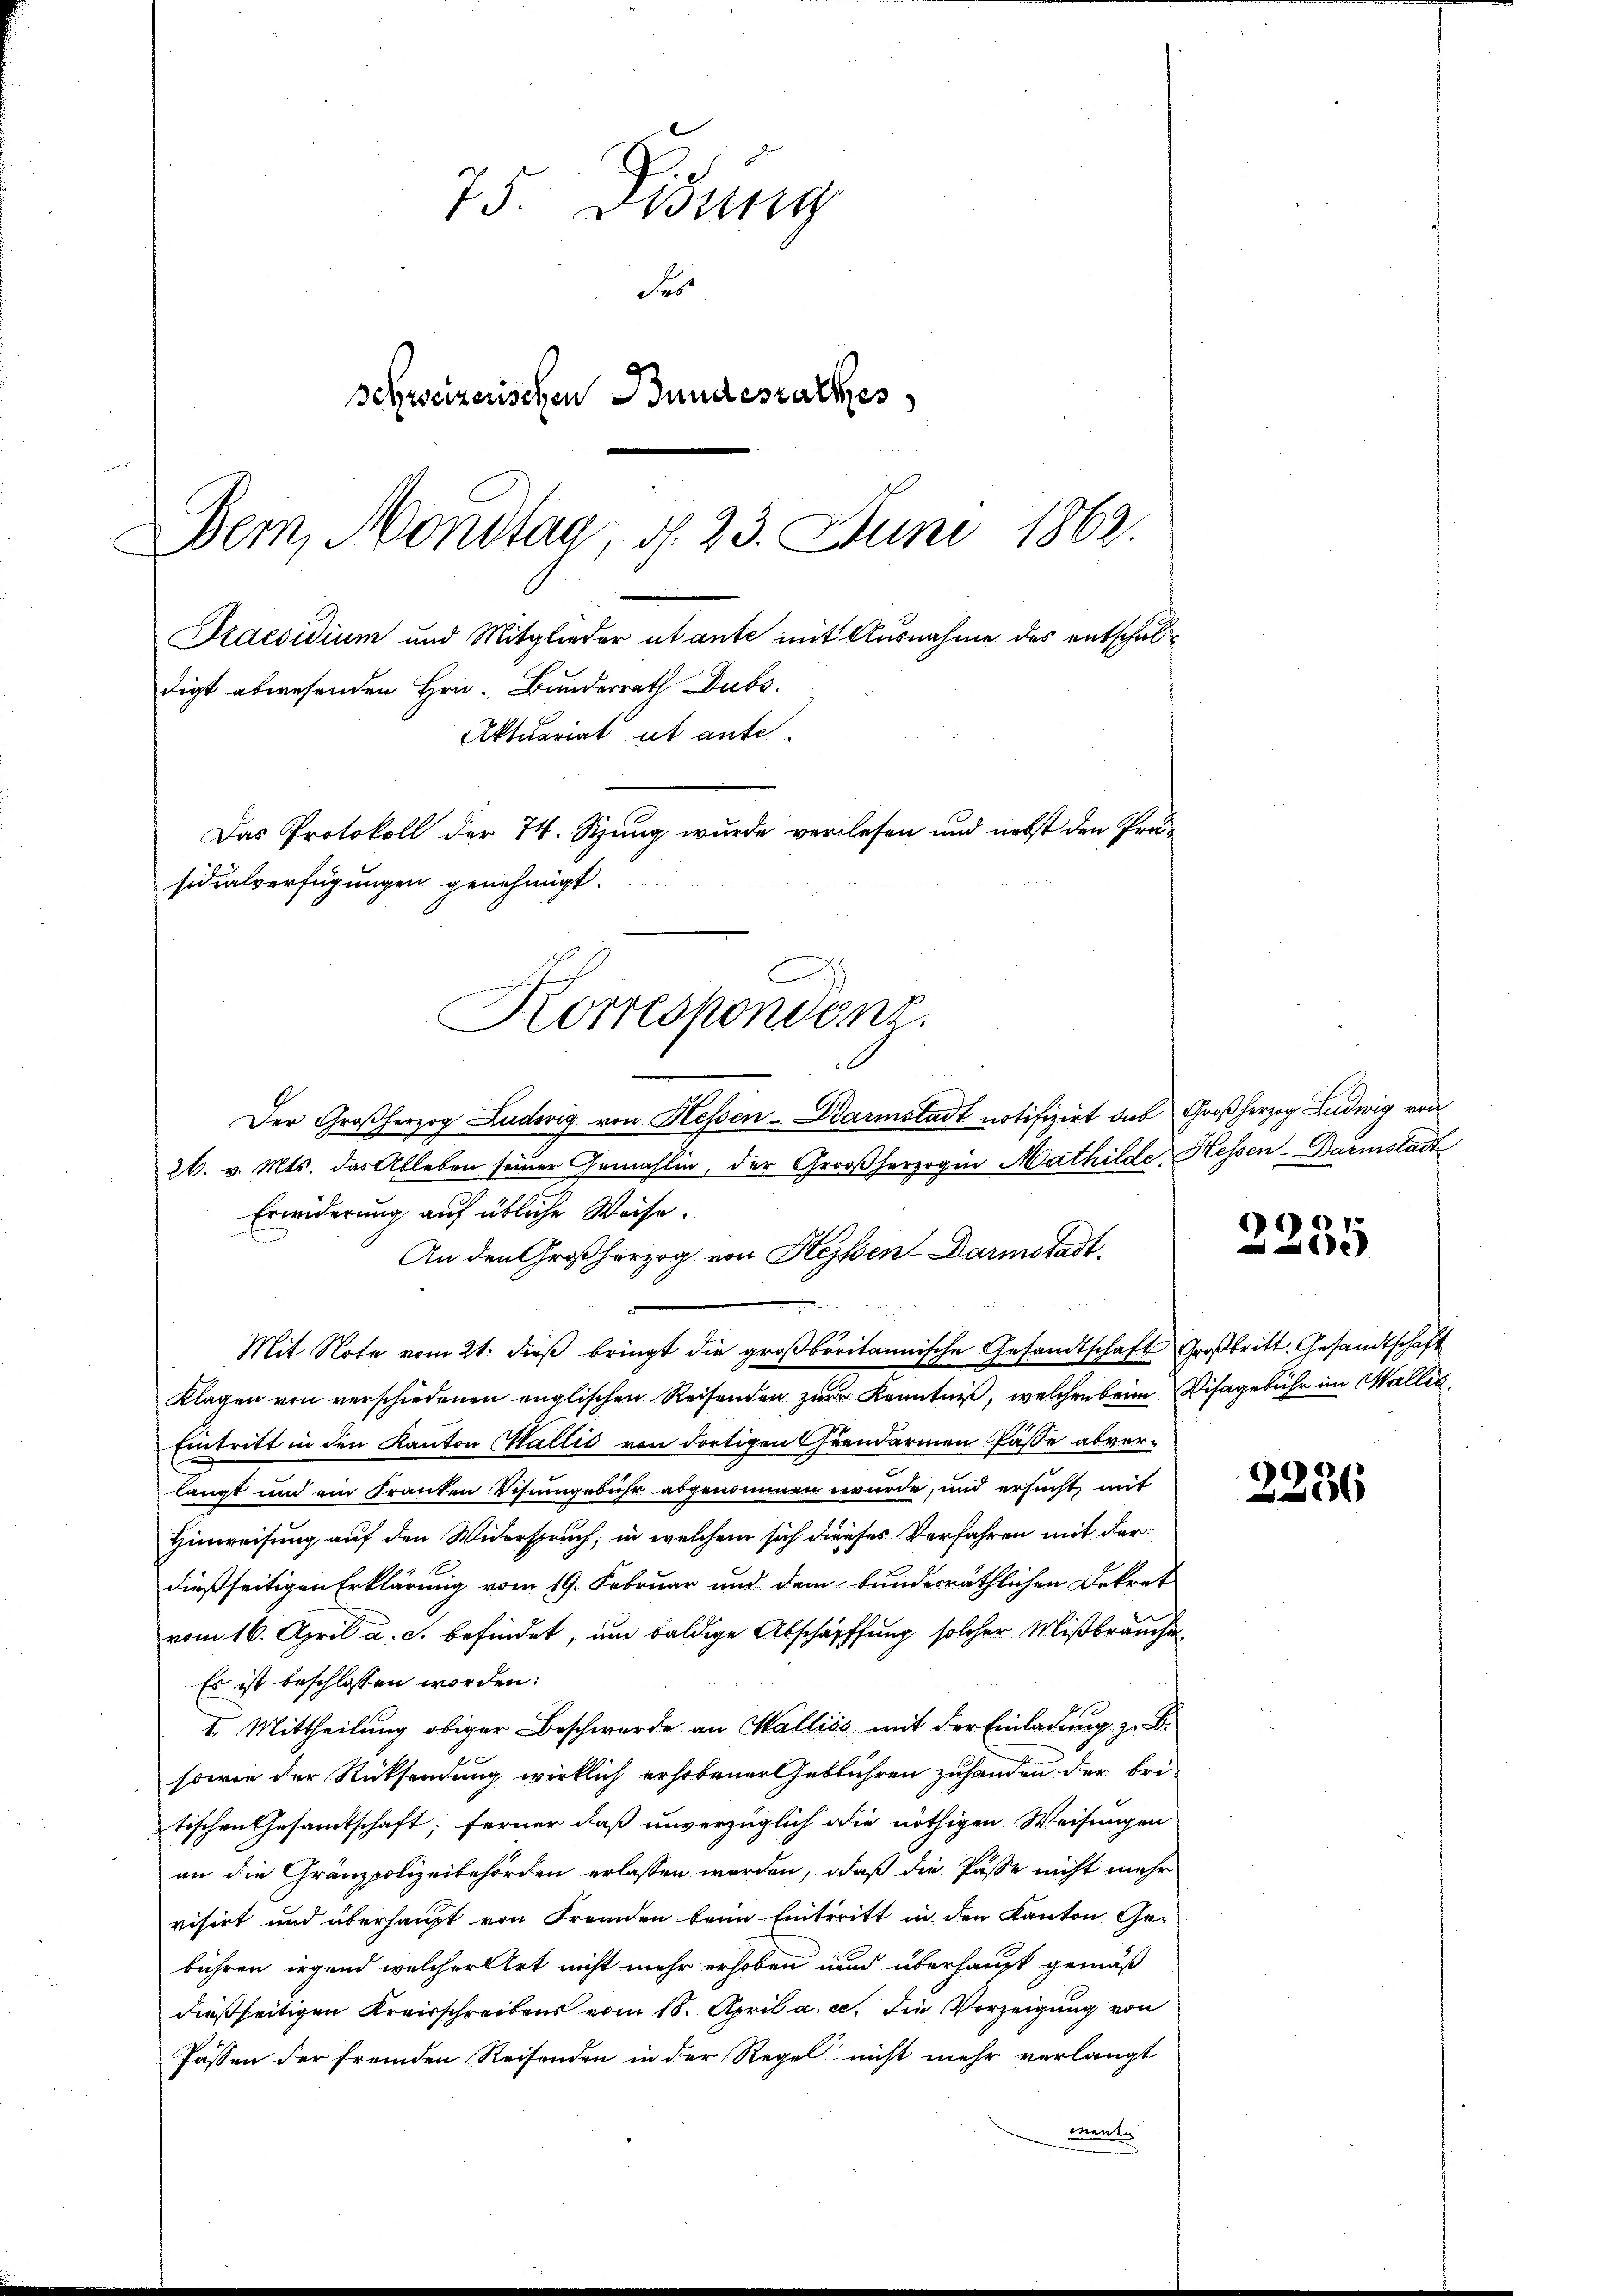
75. Gesung
des
schweizerischen Bundesrathes
Bern, Montag, d. 23. Juni 1862.
Praesidium und Mitglieder utante mit Ausnahme des entschuldigt abwesenden Hrn. Bundesrath Dubs
Aktuariat ut ante.
Das Protokoll der 74. Stung wurde verlesen und nebst den Präsidialverfügungen genehmigt.

Korrespondenz.

Der Großherzog Ludwig von Hessen-Karmstadt notifizirt das Großherzog Ludwig von
26. v. Mts. das Ableben seiner Gemahlen, der Großherzogin Mathilde. Hessen-Darmstadt
Erwiderung auf übliche Weise.
An den Großherzog von Hessen Darmstadt.
Mit Note vom 21. dieβ bringt die groβberitannische Gesandtschaft Großbritt. Gesandtschaft
Klagen von verschiedenen englischen Reisenden zur Kenntniß, welchen beim Visagebühr im aller
Eintritt in den Kanton Wallić von dortigen Chrendarmen Pässe abverlangt und ein Franken Visingebühr abgenommen wurde, und ersucht mit
Hinweisung auf den Widerspruch, in welchem sich dieses Verfahren mit der
dießseitigen Erklärung vom 19. Februar und dem bunderräthlichen Dekret
vom 16. April a. c. befindet, um baldige Abschaffung solcher Mißbräuche
Es ist beschlossen worden:
I. Mittheilung obiger Beschwerde an Walliss mit der Einladung z. B.
sowie der Rücksendung wirklich erhobener Geblühren zuhanden der bri-
tischen Gesamtschaft; ferner daß unverzüglich die nöthigen Weisungen
an die Gränzpolizeibehörden erlassen werden, daß die Pässe nicht mehr
visirt und überhaupt von Fremden beim Eintritt in den Kanton Gebühren irgend welcher Art nicht mehr erhoben und überhaupt gemäß
dießseitigen Kreisschreibens vom 18. April a. c. die Vorzeigung von
Passen der fremden Reisenden in der Regel nicht mehr verlangt
Mente

6
xx

2236